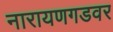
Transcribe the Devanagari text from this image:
नारायणगडवर